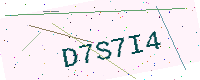
Text: D7S7I4